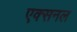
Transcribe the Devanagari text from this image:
एक्सनल